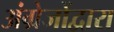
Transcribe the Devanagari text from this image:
अंग्रेजोंद्वारा